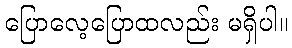
ပြောလေ့ပြောထလည်း မရှိပါ။